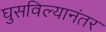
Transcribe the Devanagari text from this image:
घुसविल्यानंतर